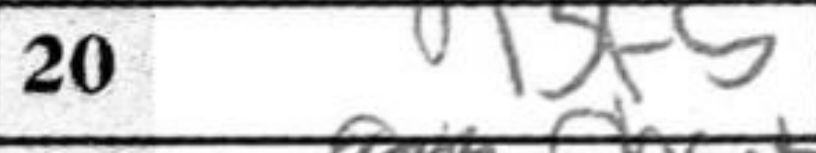
Transcription: Bf5